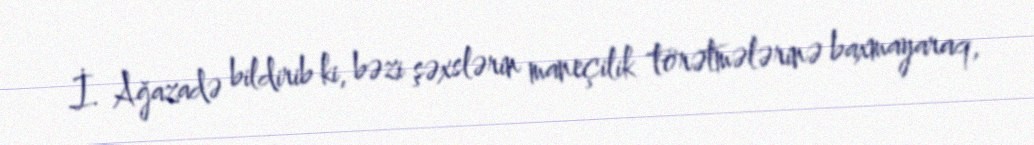
İ. Ağazadə bildirib ki, bəzi şəxslərin maneçilik törətmələrinə baxmayaraq,